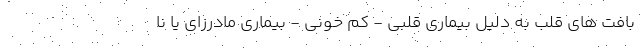
بافت های قلب به دلیل بیماری قلبی - کم خونی - بیماری مادرزای یا نا